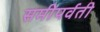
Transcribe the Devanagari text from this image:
समीपर्वती